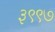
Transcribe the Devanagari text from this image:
३९९७